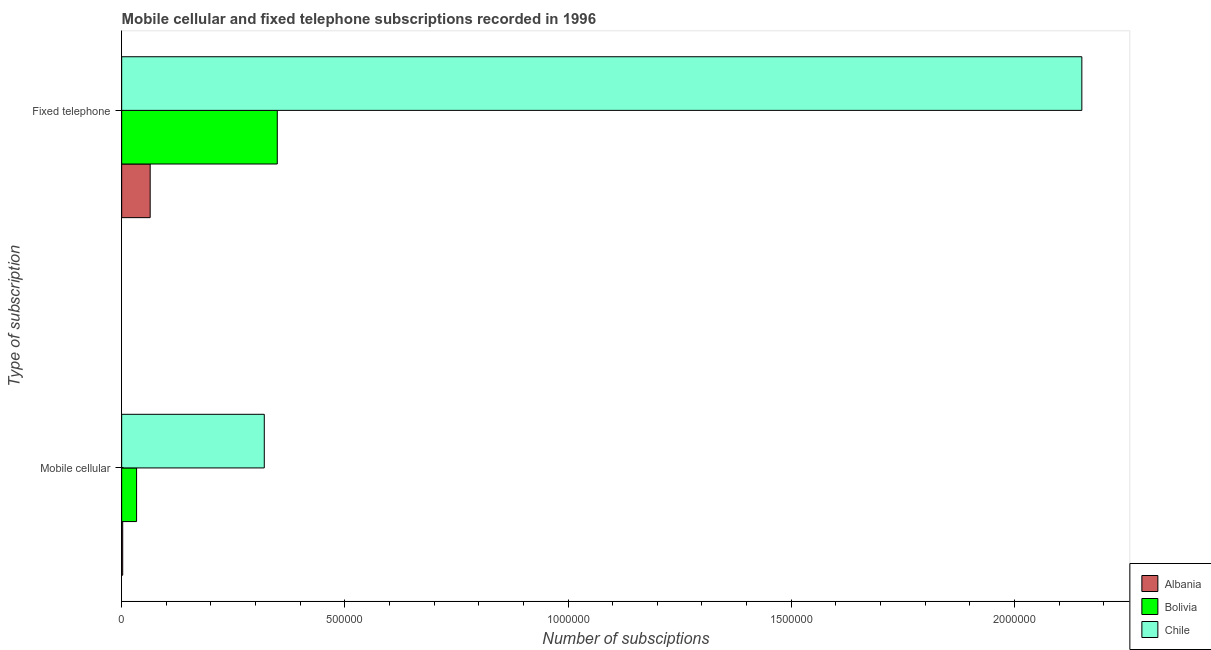
| Type of subscription | Albania | Bolivia | Chile |
 | --- | --- | --- | --- |
 | Mobile cellular | 2.3e+03 | 3.34e+04 | 3.19e+05 |
 | Fixed telephone | 6.38e+04 | 3.49e+05 | 2.15e+06 |